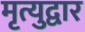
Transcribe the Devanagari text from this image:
मृत्युद्वार